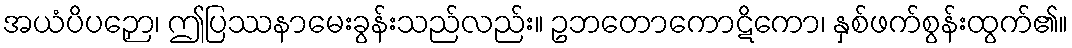
အယံပိပဉှော၊ ဤပြဿနာမေးခွန်းသည်လည်း။ ဥဘတောကောဋိကော၊ နှစ်ဖက်စွန်းထွက်၏။